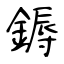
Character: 鎒